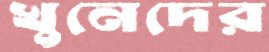
খুনেদের